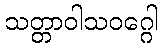
သတ္တာဝါသဝဂ္ဂေါ